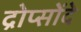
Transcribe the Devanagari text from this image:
द्रोप्सोंदे